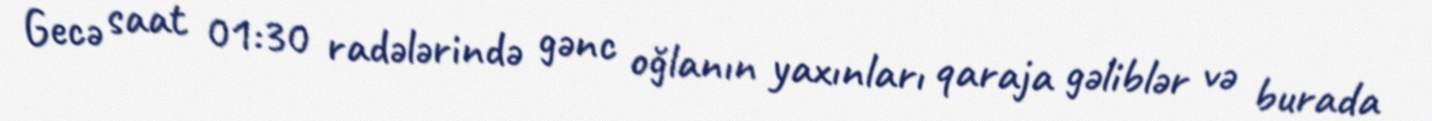
Gecə saat 01:30 radələrində gənc oğlanın yaxınları qaraja gəliblər və burada